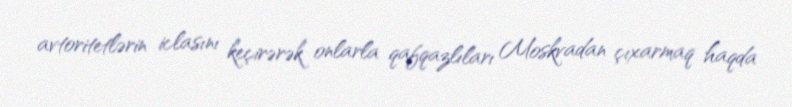
avtoritetlərin iclasını keçirərək onlarla qafqazlıları Moskvadan çıxarmaq haqda